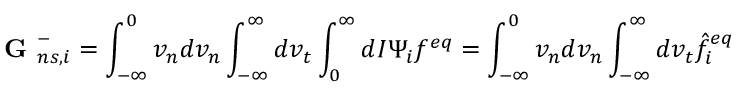
\textbf { G } _ { n s , i } ^ { - } = \int _ { - \infty } ^ { 0 } v _ { n } d v _ { n } \int _ { - \infty } ^ { \infty } d v _ { t } \int _ { 0 } ^ { \infty } d I \Psi _ { i } f ^ { e q } = \int _ { - \infty } ^ { 0 } v _ { n } d v _ { n } \int _ { - \infty } ^ { \infty } d v _ { t } \hat { f } _ { i } ^ { e q }